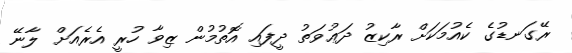
ރޭގަނޑުގެ ކެއުމަކަށް ރާކިޒު ދަޢުވަތު ދީފައި އޮތުމުން ޒިވާ ހުރީ އެރެއަށް ލާނޭ